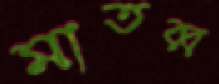
মাতব্ব